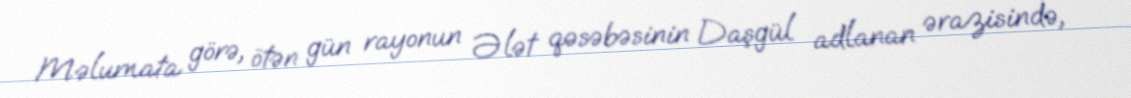
Məlumata görə, ötən gün rayonun Ələt qəsəbəsinin Daşgül adlanan ərazisində,